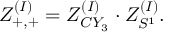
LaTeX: Z _ { + , + } ^ { ( I ) } = Z _ { C Y _ { 3 } } ^ { ( I ) } \cdot Z _ { S ^ { 1 } } ^ { ( I ) } .